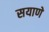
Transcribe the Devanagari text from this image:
सयाणे